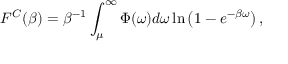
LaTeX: F ^ { C } ( \beta ) = \beta ^ { - 1 } \int _ { \mu } ^ { \infty } \Phi ( \omega ) d \omega \ln \left( 1 - e ^ { - \beta \omega } \right) ,